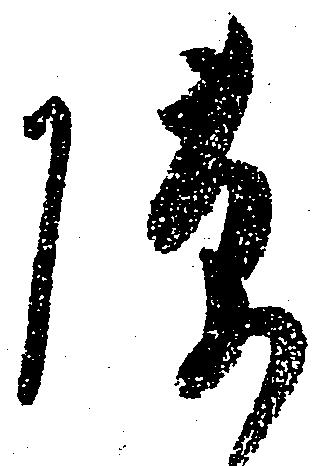
隙